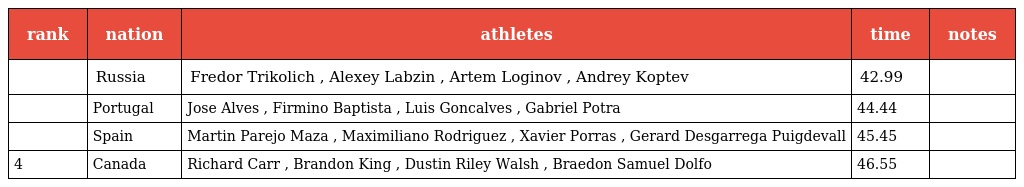
| rank | nation | athletes | time | notes |
 | --- | --- | --- | --- | --- |
 |  | Russia | Fredor Trikolich , Alexey Labzin , Artem Loginov , Andrey Koptev | 42.99 |  |
 |  | Portugal | Jose Alves , Firmino Baptista , Luis Goncalves , Gabriel Potra | 44.44 |  |
 |  | Spain | Martin Parejo Maza , Maximiliano Rodriguez , Xavier Porras , Gerard Desgarrega Puigdevall | 45.45 |  |
 | 4 | Canada | Richard Carr , Brandon King , Dustin Riley Walsh , Braedon Samuel Dolfo | 46.55 |  |